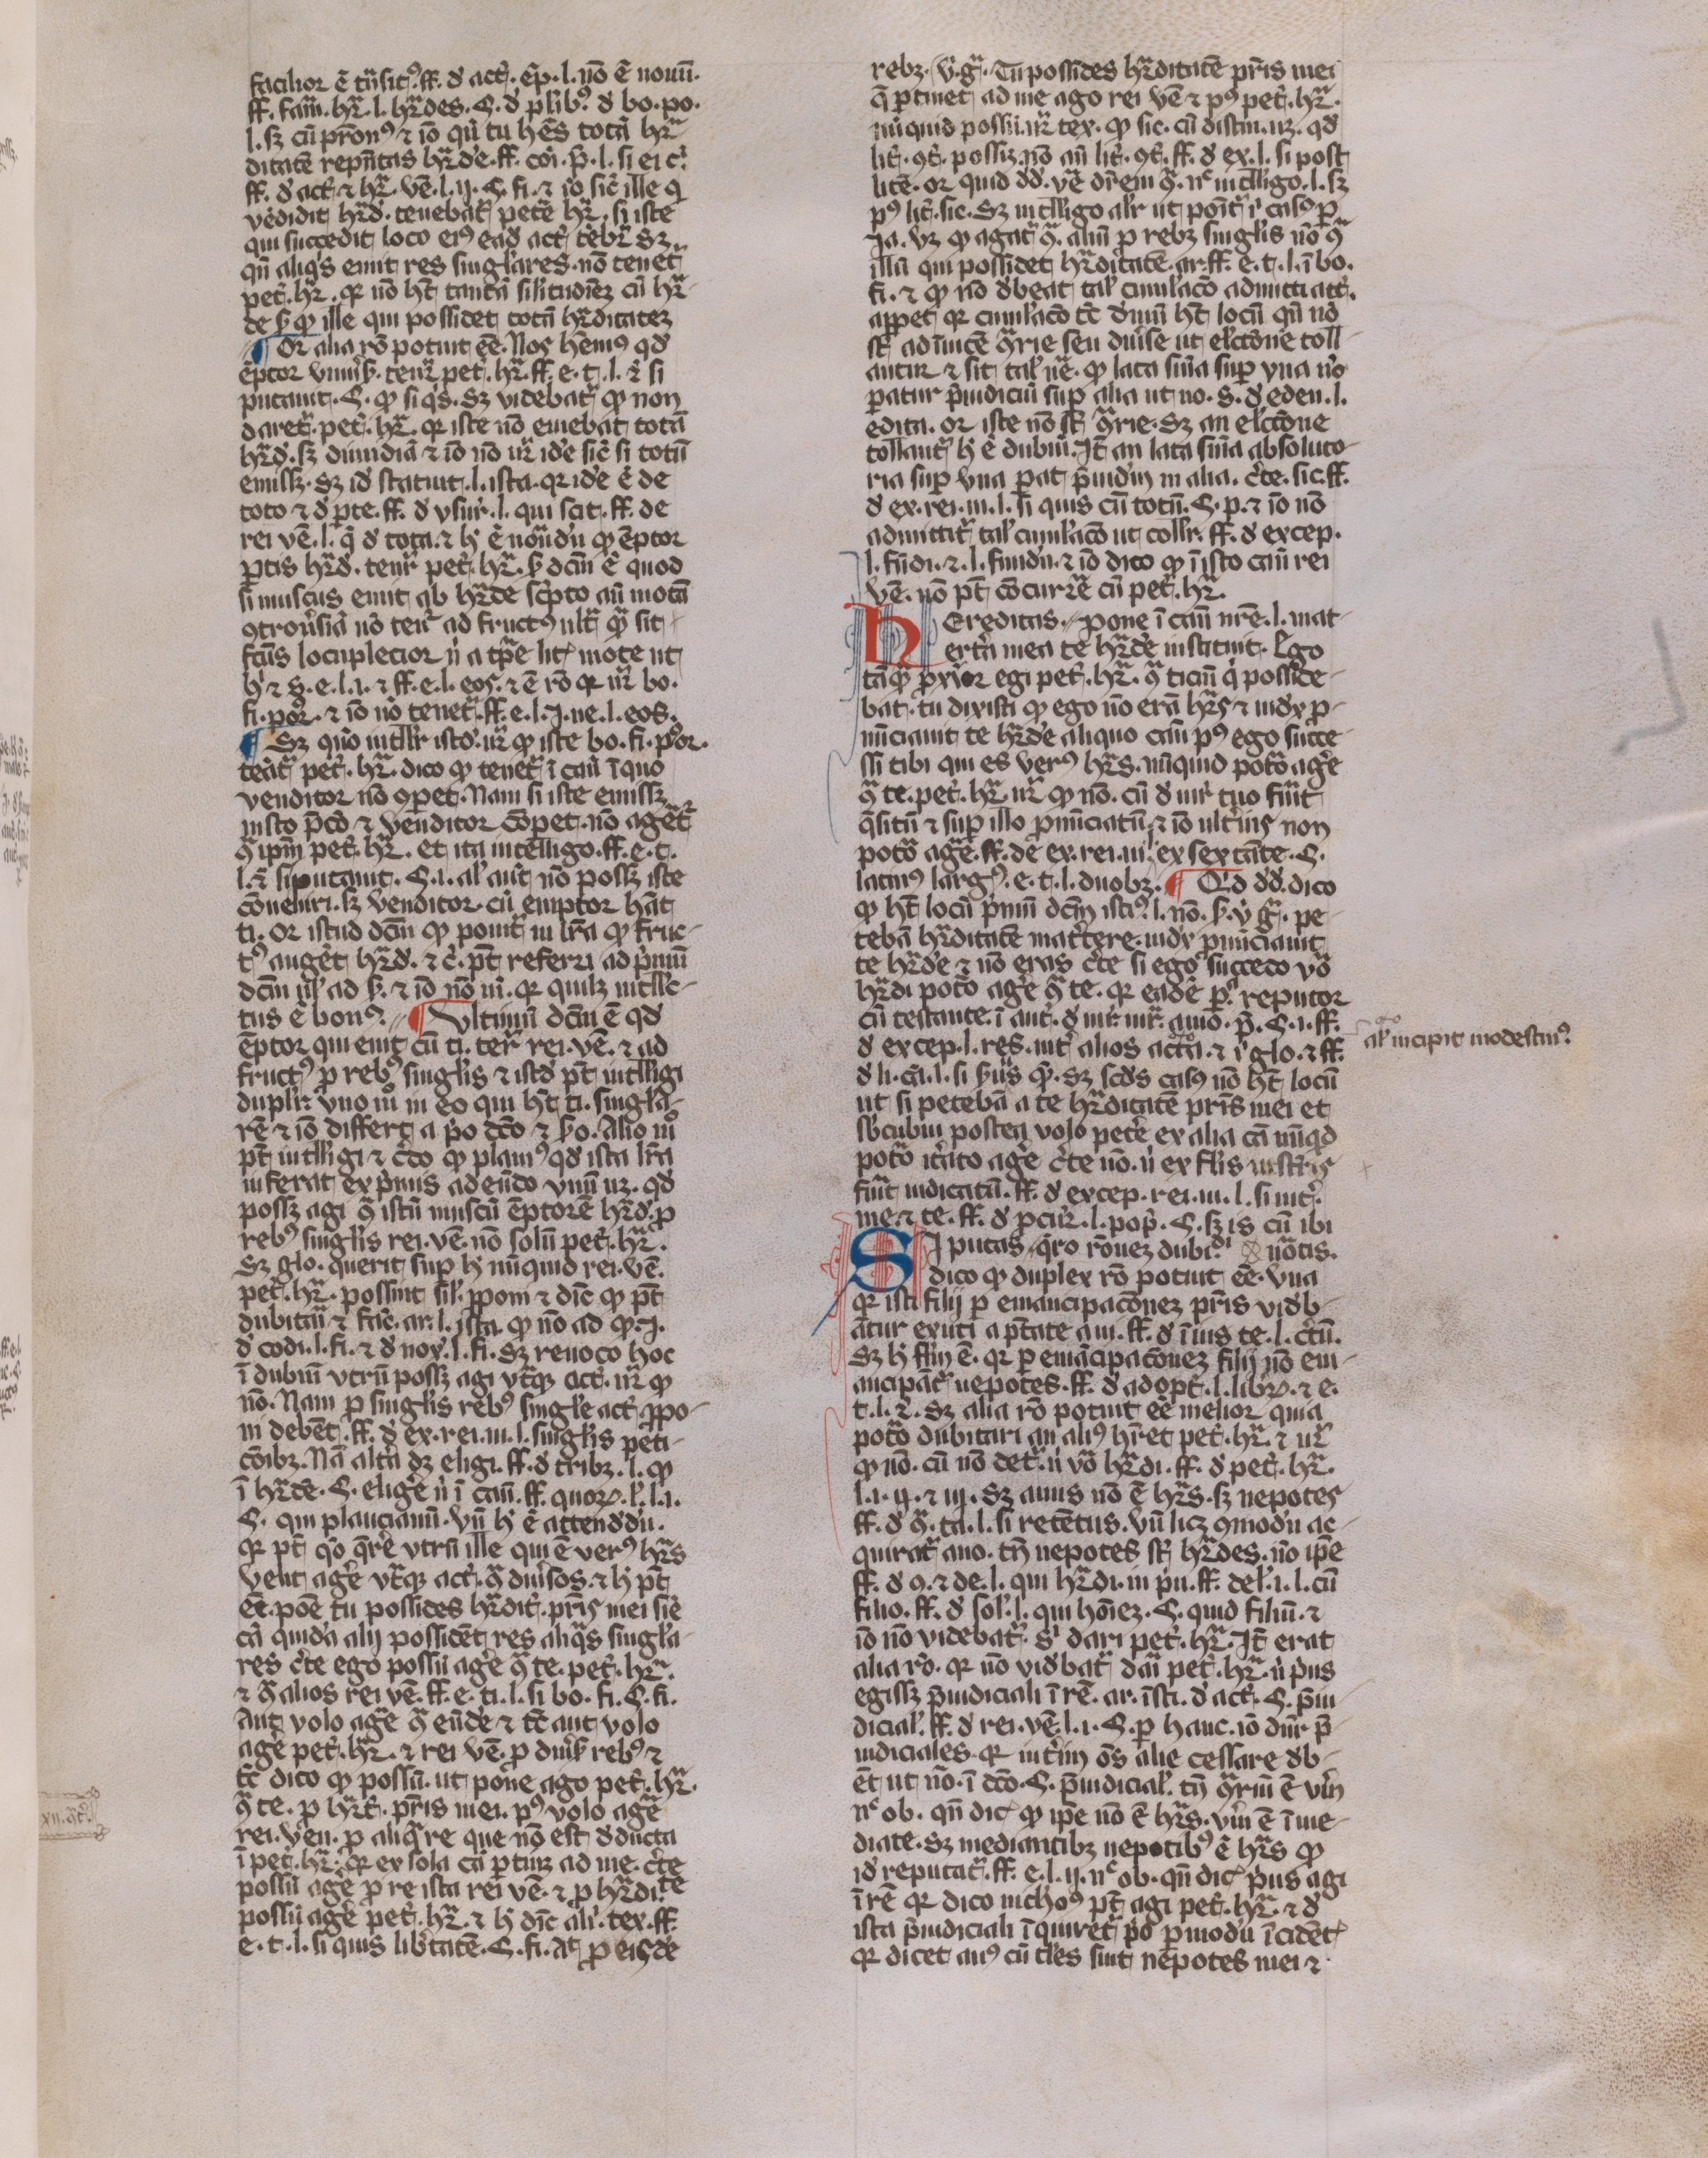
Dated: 1350–1399